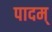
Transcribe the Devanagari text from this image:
पादम्